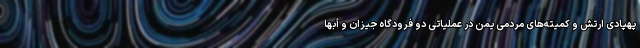
پهپادی ارتش و کمیته‌های مردمی یمن در عملیاتی دو فرودگاه جیزان و أبها